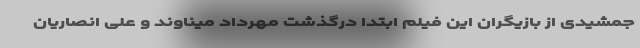
جمشیدی از بازیگران این فیلم ابتدا درگذشت مهرداد میناوند و علی انصاریان